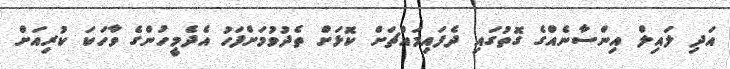
އަދި ލައިލް އިންސާނެއްގެ ގޮތުގައި ދެފައިމައްޗަށް ކޮޅަށް ތެދުވުމަށްފަހު އެދެމީހުންގެ ވާހަކަ ކުރިއަށް